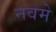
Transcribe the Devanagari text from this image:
नवमे